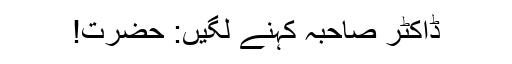
ڈاکٹر صاحبہ کہنے لگیں: حضرت!